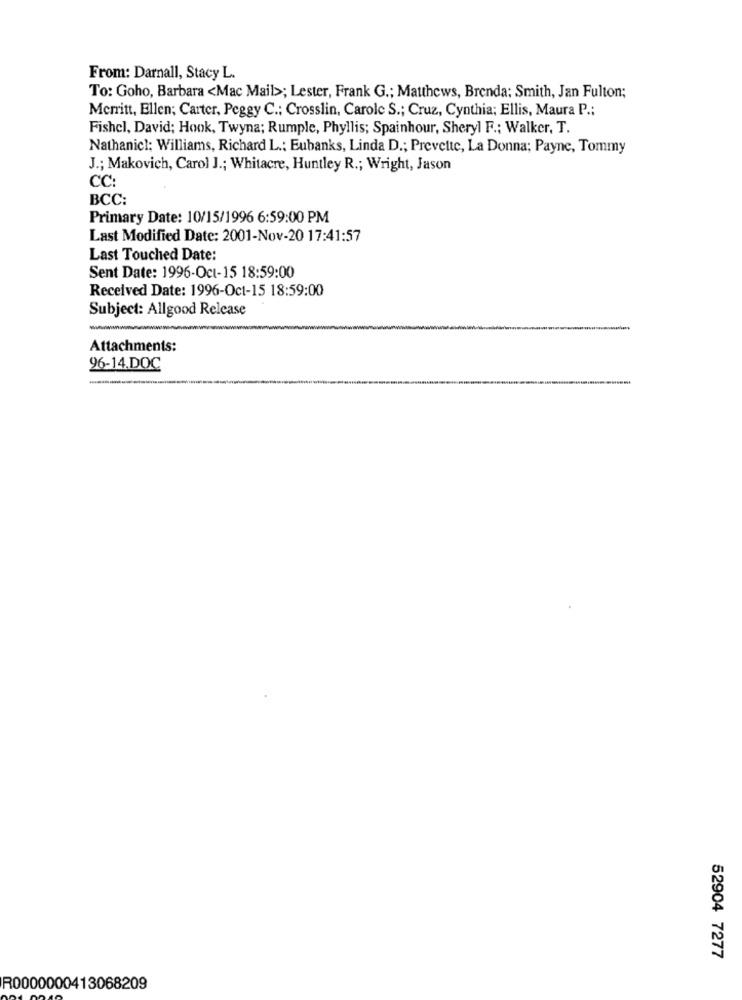
From: Darnall, Stacy L.
To: Goho, Barbara <Mac Mail>; Lester, Frank G .; Matthews, Brenda: Smith, Jan Fulton;
Merritt, Ellen; Carter, Peggy C .; Crosslin, Carole S .; Cruz, Cynthia; Ellis, Maura P .;
Fishel, David; Hook, Twyna; Rumple, Phyllis; Spainhour, Sheryl F .; Walker, T.
Nathanicl: Williams, Richard L .: Eubanks, Linda D .; Prevette, La Donna; Payne, Tommy
J .; Makovich, Carol J .; Whitacre, Huntley R .; Wright, Jason
CC:
BCC:
Primary Date: 10/15/1996 6:59:00 PM
Last Modified Date: 2001-Nov-20 17:41:57
Last Touched Date:
Sent Date: 1996-Oct-15 18:59:00
Received Date: 1996-Oct-15 18:59:00
Subject: Allgood Release
Attachments:
96-14.DOC
--
52904 7277
R0000000413068209